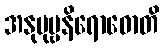
အနုပုဗ္ဗနိရောဓောတိ